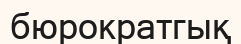
бюрократгық